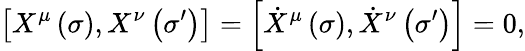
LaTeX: \left[X^{\mu}\left(\sigma\right),X^{\nu}\left(\sigma^{\prime}\right)\right]=\left[\dot{X}^{\mu}\left(\sigma\right),\dot{X}^{\nu}\left(\sigma^{\prime}\right)\right]=0,